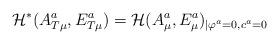
LaTeX: \begin{align*}{\cal H}^{*}(A_{T\mu }^a,E_{T\mu }^a)={\cal H}(A_\mu ^a,E_\mu ^a)_{\mid\varphi ^a=0,c^a=0}\end{align*}